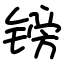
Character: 镑